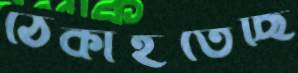
ঠেকাইতেছি